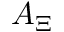
A _ { \Xi }